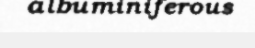
albuminiferous